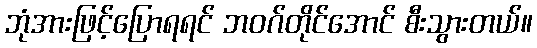
ဘုံအားဖြင့်ပြောရရင် ဘဝဂ်တိုင်အောင် စီးသွားတယ်။